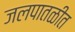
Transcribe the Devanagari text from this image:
जलपातळीत